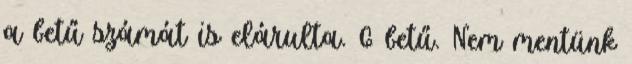
a betű számát is elárulta. 6 betű. Nem mentünk